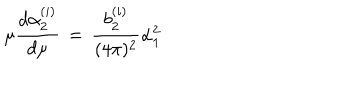
LaTeX: \mu { \frac { d \alpha _ { 2 } ^ { ( i ) } } { d \mu } } \, = \, { \frac { b _ { 2 } ^ { ( i ) } } { ( 4 \pi ) ^ { 2 } } } \alpha _ { 1 } ^ { 2 }